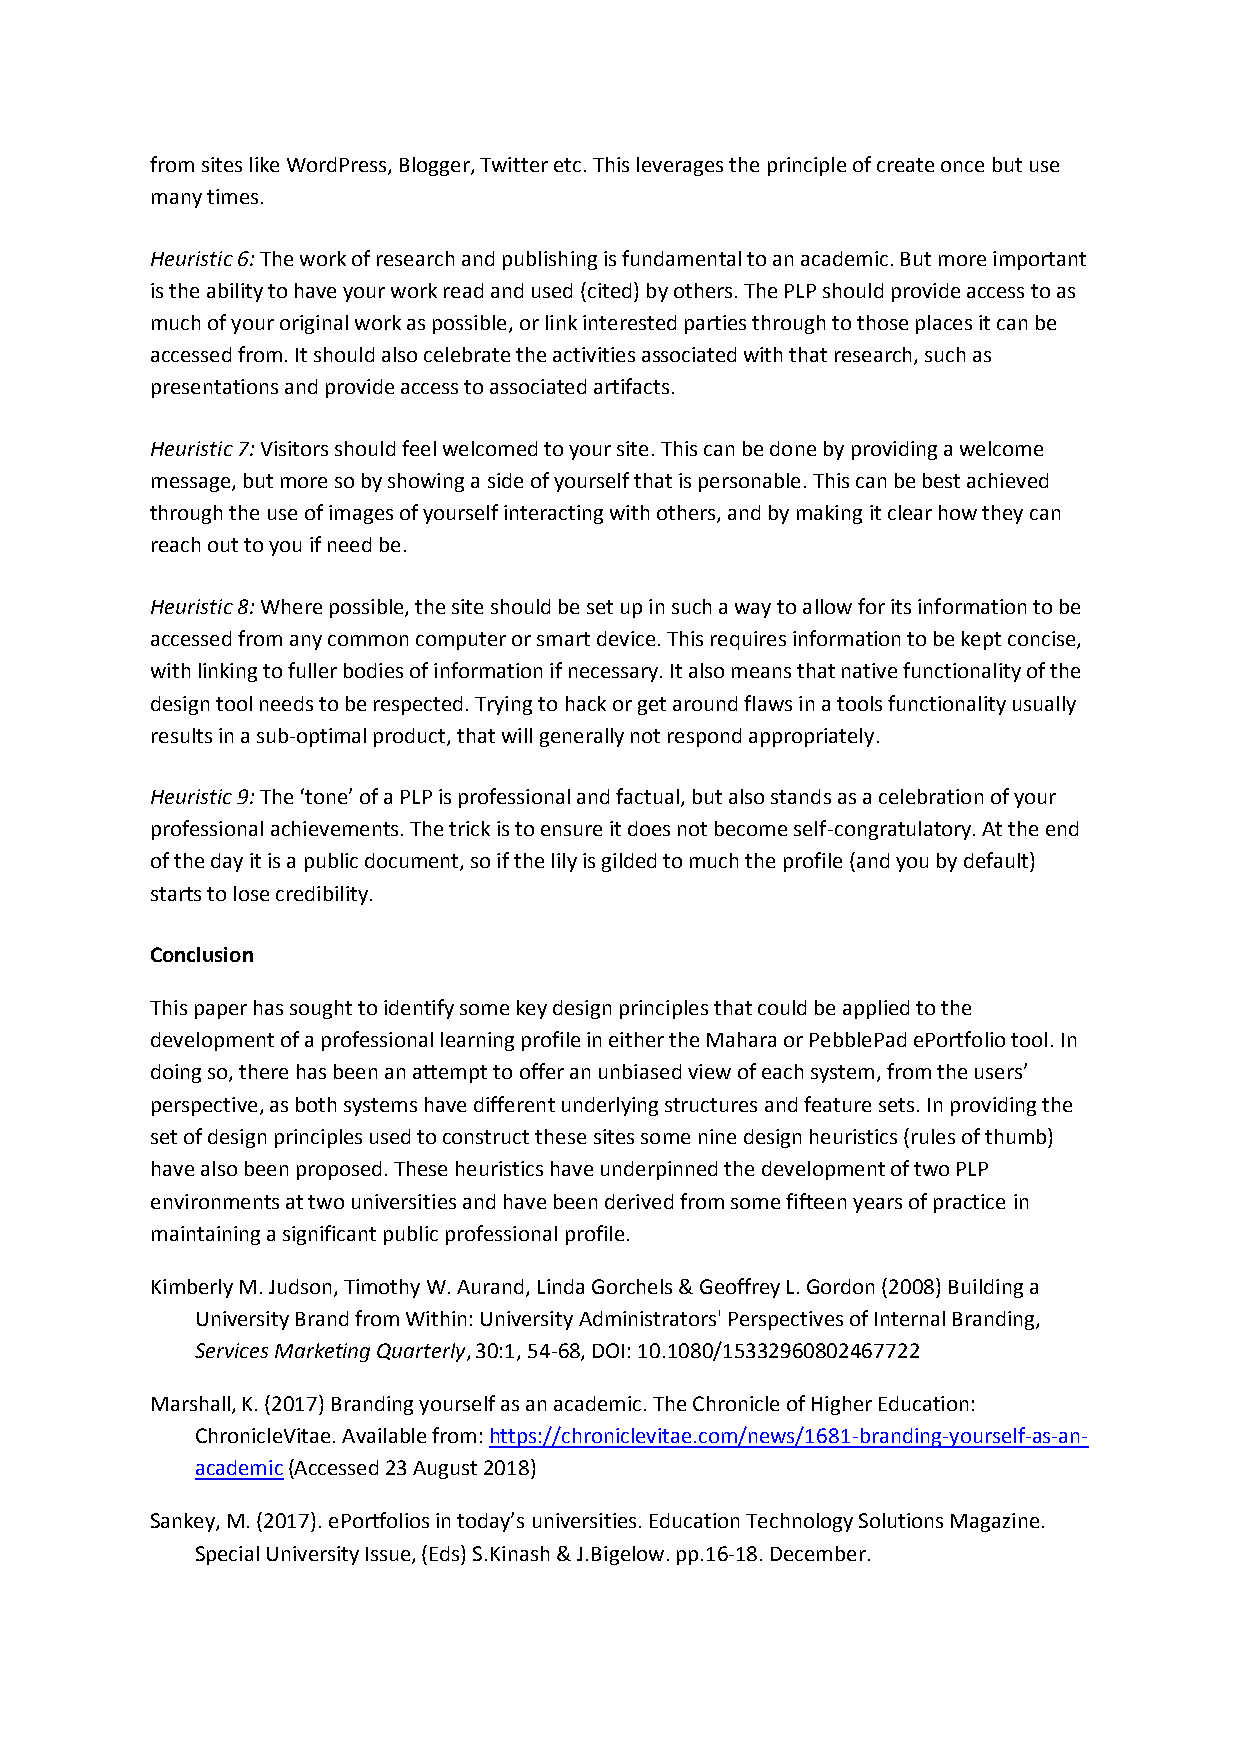
from sites like WordPress, Blogger, Twitter etc. This leverages the principle of create once but use
 many times.
 Heuristic 6: The work of research and publishing is fundamental to an academic. But more important
 is the ability to have your work read and used (cited) by others. The PLP should provide access to as
 much of your original work as possible, or link interested parties through to those places it can be
 accessed from. It should also celebrate the activities associated with that research, such as
 presentations and provide access to associated artifacts.
 Heuristic 7: Visitors should feel welcomed to your site. This can be done by providing a welcome
 message, but more so by showing a side of yourself that is personable. This can be best achieved
 through the use of images of yourself interacting with others, and by making it clear how they can
 reach out to you if need be.
 Heuristic 8: Where possible, the site should be set up in such a way to allow for its information to be
 accessed from any common computer or smart device. This requires information to be kept concise,
 with linking to fuller bodies of information if necessary. It also means that native functionality of the
 design tool needs to be respected. Trying to hack or get around flaws in a tools functionality usually
 results in a sub-optimal product, that will generally not respond appropriately.
 Heuristic 9: The ‘tone’ of a PLP is professional and factual, but also stands as a celebration of your
 professional achievements. The trick is to ensure it does not become self-congratulatory. At the end
 of the day it is a public document, so if the lily is gilded to much the profile (and you by default)
 starts to lose credibility.
 Conclusion
 This paper has sought to identify some key design principles that could be applied to the
 development of a professional learning profile in either the Mahara or PebblePad ePortfolio tool. In
 doing so, there has been an attempt to offer an unbiased view of each system, from the users’
 perspective, as both systems have different underlying structures and feature sets. In providing the
 set of design principles used to construct these sites some nine design heuristics (rules of thumb)
 have also been proposed. These heuristics have underpinned the development of two PLP
 environments at two universities and have been derived from some fifteen years of practice in
 maintaining a significant public professional profile.
 Kimberly M. Judson, Timothy W. Aurand, Linda Gorchels & Geoffrey L. Gordon (2008) Building a
 University Brand from Within: University Administrators' Perspectives of Internal Branding,
 Services Marketing Quarterly, 30:1, 54-68, DOI: 10.1080/15332960802467722
 Marshall, K. (2017) Branding yourself as an academic. The Chronicle of Higher Education:
 ChronicleVitae. Available from: https://chroniclevitae.com/news/1681-branding-yourself-as-an-
 academic (Accessed 23 August 2018)
 Sankey, M. (2017). ePortfolios in today’s universities. Education Technology Solutions Magazine.
 Special University Issue, (Eds) S.Kinash & J.Bigelow. pp.16-18. December.